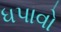
ધપાવો